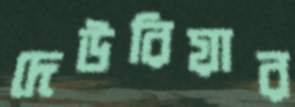
দেউরিয়ার